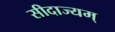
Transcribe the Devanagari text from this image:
सीदाज्यम्